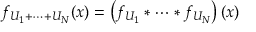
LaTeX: f _ { U _ { 1 } + \cdots + U _ { N } } ( x ) = \left( f _ { U _ { 1 } } * \cdots * f _ { U _ { N } } \right) ( x )